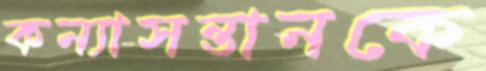
কন্যাসন্তানকে